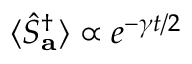
\langle \hat { S } _ { \mathbf { a } } ^ { \dagger } \rangle \propto e ^ { - \gamma t / 2 }